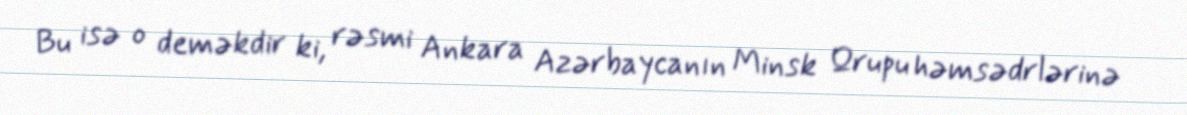
Bu isə o deməkdir ki, rəsmi Ankara Azərbaycanın Minsk Qrupu həmsədrlərinə